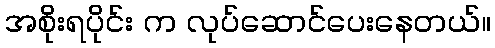
အစိုးရပိုင်း က လုပ်ဆောင်ပေးနေတယ်။